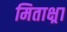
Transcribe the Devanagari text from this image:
मिताक्ष्रा